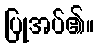
ပြုအပ်၏။